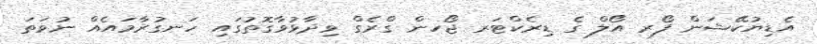
އެޑިޔުކޭޝަން ފޯރ އޯލް ގެ ޑިރެކްޓަރ ޖޯހން ގްރެގް ވިދާޅުވާގޮތުގައި ހަނގުރާމައެއް ނުވަތަ